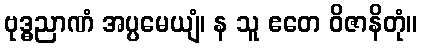
ဗုဒ္ဓညာဏံ အပ္ပမေယျံ၊ န သူ ဧတေ ဝိဇာနိတုံ။